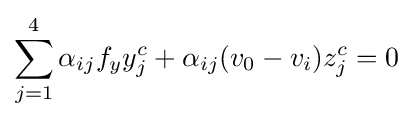
\sum _{j=1}^{4}{\alpha _{ij}f_{y}y_{j}^{c}+\alpha _{ij}(v_{0}-v_{i})z_{j}^{c}}=0